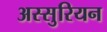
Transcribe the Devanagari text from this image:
अस्सुरियन